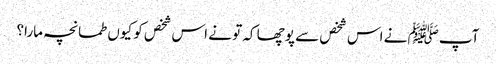
آپﷺ نے اس شخص سے پوچھا کہ تو نے اس شخص کو کیوں طمانچہ مارا؟